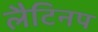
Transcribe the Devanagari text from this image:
लैटिनप